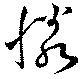
憐